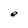
Character: e